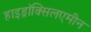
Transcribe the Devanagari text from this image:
हाइड्राॅक्सिलएमीन